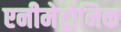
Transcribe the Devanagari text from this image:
एनीमेट्रोनिक